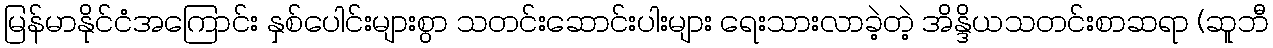
မြန်မာနိုင်ငံအကြောင်း နှစ်ပေါင်းများစွာ သတင်းဆောင်းပါးများ ရေးသားလာခဲ့တဲ့ အိန္ဒိယသတင်းစာဆရာ (ဆူဘီ